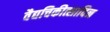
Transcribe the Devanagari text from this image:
वैद्यचिकीत्सादिन